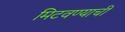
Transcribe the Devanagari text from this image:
मिटवण्याची